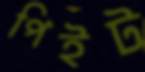
পিইট